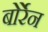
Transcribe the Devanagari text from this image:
बोर्रेन